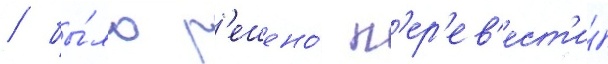
/ бы́ло р'ешено́ п'ер'ев'ест'и́